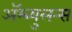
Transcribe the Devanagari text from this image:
ॲम्ब्युलन्स